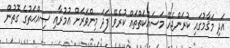
އަދި މަޤާމުގައި ކުރަންޖެހޭ މަސައްކަތްތައް ކުރެވޭ ފަދަ މިންވަރަށް ޢުމުރާއި ޞިއްޙަތުގެ ގޮތުން